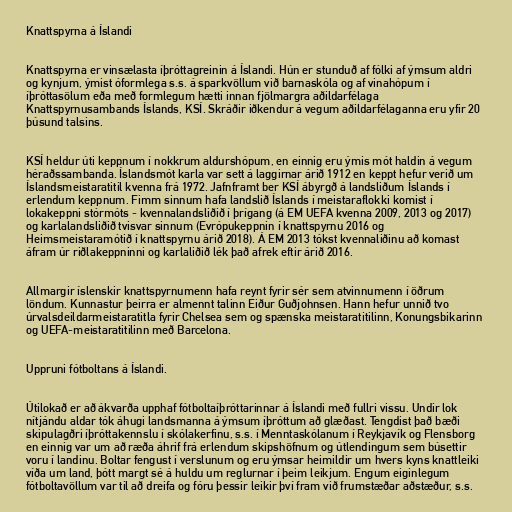
Knattspyrna á Íslandi

Knattspyrna er vinsælasta íþróttagreinin á Íslandi. Hún er stunduð af fólki af ýmsum aldri
og kynjum, ýmist óformlega s.s. á sparkvöllum við barnaskóla og af vinahópum í
íþróttasölum eða með formlegum hætti innan fjölmargra aðildarfélaga
Knattspyrnusambands Íslands, KSÍ. Skráðir iðkendur á vegum aðildarfélaganna eru yfir 20
þúsund talsins.

KSÍ heldur úti keppnum í nokkrum aldurshópum, en einnig eru ýmis mót haldin á vegum
héraðssambanda. Íslandsmót karla var sett á laggirnar árið 1912 en keppt hefur verið um
Íslandsmeistaratitil kvenna frá 1972. Jafnframt ber KSÍ ábyrgð á landsliðum Íslands í
erlendum keppnum. Fimm sinnum hafa landslið Íslands í meistaraflokki komist í
lokakeppni stórmóts - kvennalandsliðið í þrígang (á EM UEFA kvenna 2009, 2013 og 2017)
og karlalandsliðið tvisvar sinnum (Evrópukeppnin í knattspyrnu 2016 og
Heimsmeistaramótið í knattspyrnu árið 2018). Á EM 2013 tókst kvennaliðinu að komast
áfram úr riðlakeppninni og karlaliðið lék það afrek eftir árið 2016.

Allmargir íslenskir knattspyrnumenn hafa reynt fyrir sér sem atvinnumenn í öðrum
löndum. Kunnastur þeirra er almennt talinn Eiður Guðjohnsen. Hann hefur unnið tvo
úrvalsdeildarmeistaratitla fyrir Chelsea sem og spænska meistaratitilinn, Konungsbikarinn
og UEFA-meistaratitilinn með Barcelona.

Uppruni fótboltans á Íslandi.

Útilokað er að ákvarða upphaf fótboltaíþróttarinnar á Íslandi með fullri vissu. Undir lok
nítjándu aldar tók áhugi landsmanna á ýmsum íþróttum að glæðast. Tengdist það bæði
skipulagðri íþróttakennslu í skólakerfinu, s.s. í Menntaskólanum í Reykjavík og Flensborg
en einnig var um að ræða áhrif frá erlendum skipshöfnum og útlendingum sem búsettir
voru í landinu. Boltar fengust í verslunum og eru ýmsar heimildir um hvers kyns knattleiki
víða um land, þótt margt sé á huldu um reglurnar í þeim leikjum. Engum eiginlegum
fótboltavöllum var til að dreifa og fóru þessir leikir því fram við frumstæðar aðstæður, s.s.